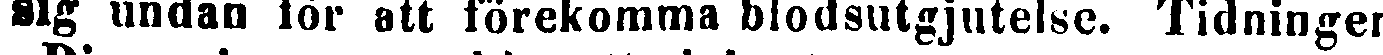
sig undan för att förekomma blodsutgjutelse. Tidningen